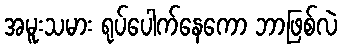
အမူးသမား ရုပ်ပေါက်နေကော ဘာဖြစ်လဲ